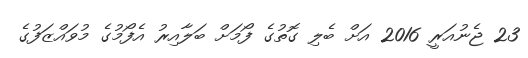
23 ޖެނުއަރީ 2016 އަށް ބެލި ގޮތުގެ ފޯމަށް ބަލާއިރު އެފޯމުގެ މުވައްޒަފުގެ